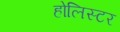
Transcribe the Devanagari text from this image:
होलिस्टर